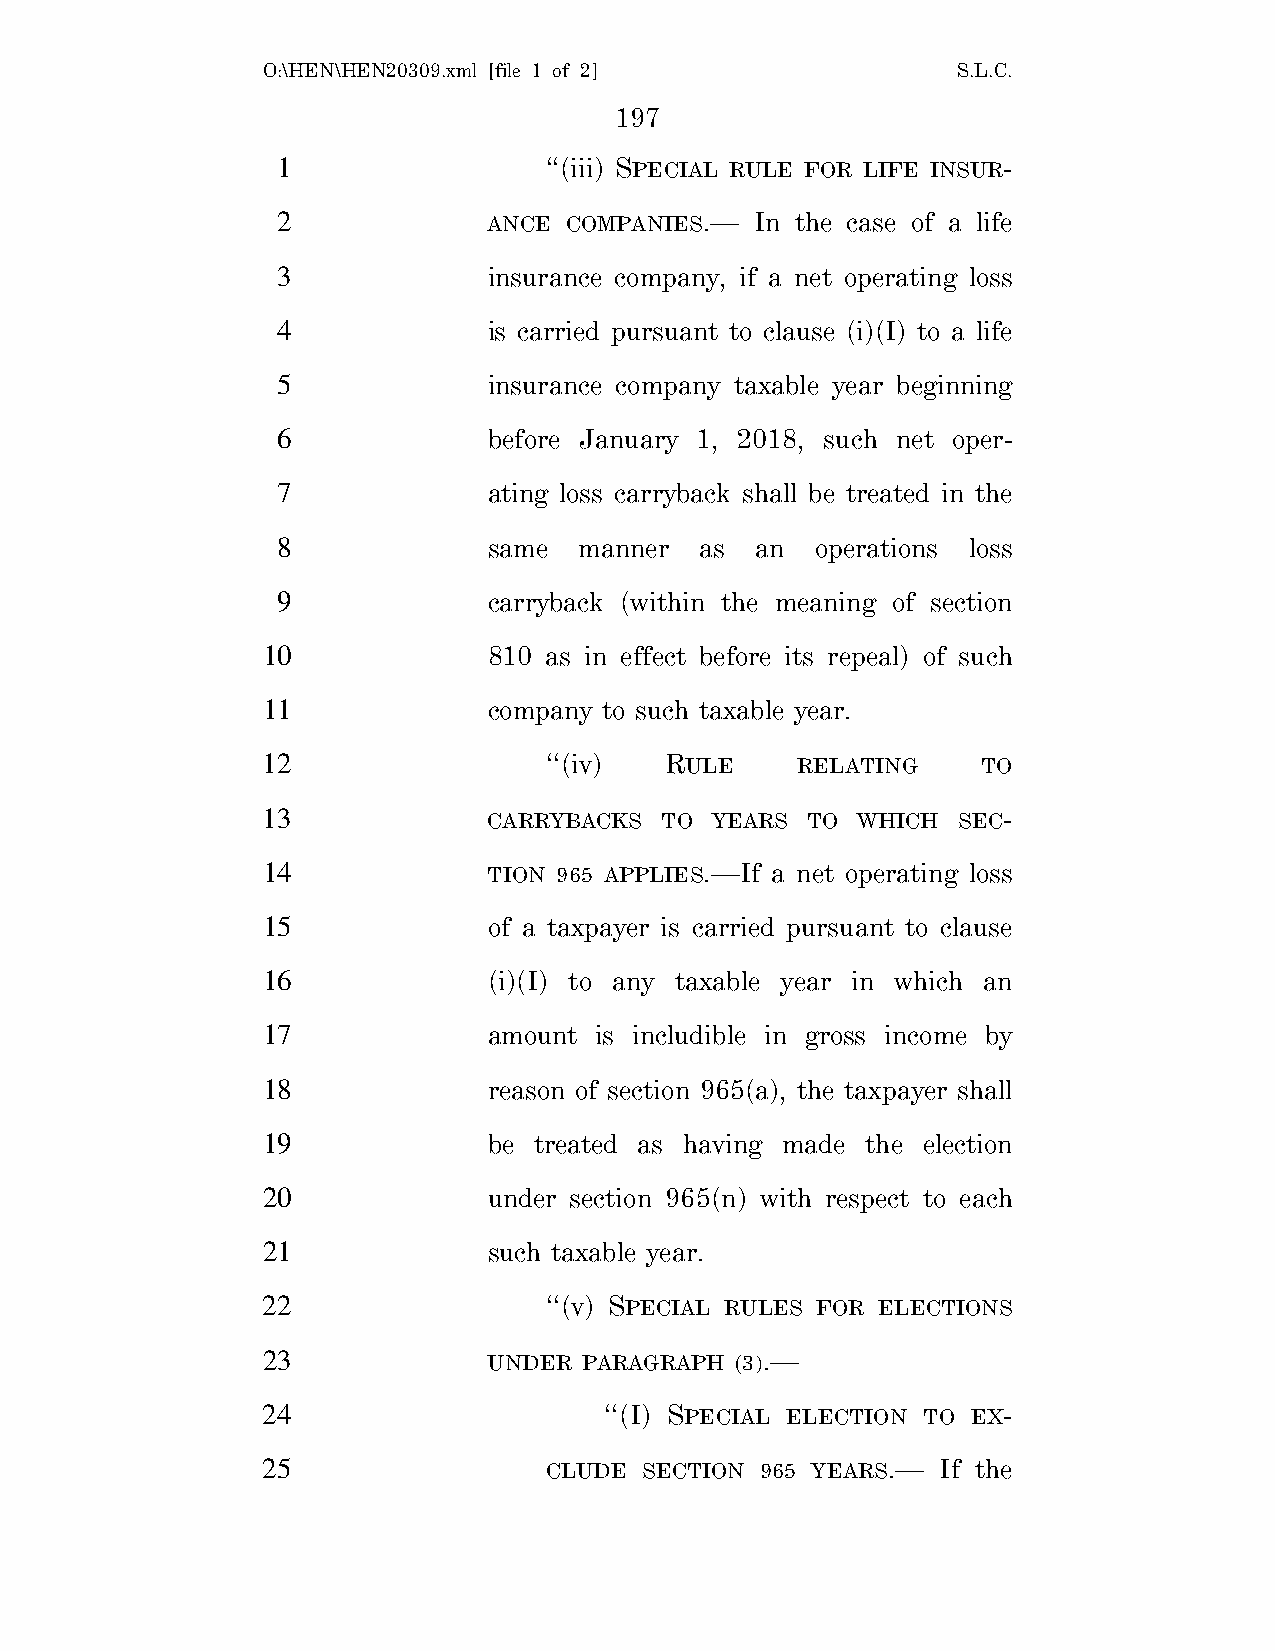
O:\HEN\HEN20309.xml [file 1 of 2]             S.L.C.
 197
 1                 ‘‘(iii) SPECIAL RULE FOR LIFE INSUR-
 2             ANCE COMPANIES.—  In the case of a life
 3             insurance company, if a net operating loss
 4             is carried pursuant to clause (i)(I) to a life
 5             insurance company taxable year beginning
 6             before January 1, 2018, such net oper-
 7             ating loss carryback shall be treated in the
 8             same  manner  as  an  operations loss
 9             carryback (within the meaning of section
 10             810 as in effect before its repeal) of such
 11             company to such taxable year.
 12                 ‘‘(iv)  RULE     RELATING    TO
 13             CARRYBACKS  TO YEARS TO  WHICH SEC-
 14             TION 965 APPLIES.—If a net operating loss
 15             of a taxpayer is carried pursuant to clause
 16             (i)(I) to any taxable year in which an
 17             amount is includible in gross income by
 18             reason of section 965(a), the taxpayer shall
 19             be treated as having made the election
 20             under section 965(n) with respect to each
 21             such taxable year.
 22                 ‘‘(v) SPECIAL RULES FOR ELECTIONS
 23             UNDER  PARAGRAPH (3).—
 24                     ‘‘(I) SPECIAL ELECTION TO EX-
 25                 CLUDE  SECTION 965 YEARS.— If the